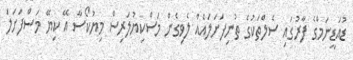
ޑުއަޑީނަމްގެ ފާރުގައި ސެލްތަކުގެ ތުނިފަށަލައެއް ލެވިގެން މަސްކިޔުލަރިސް މިޔުކޯސާ އޭ ކިޔޭ މަސްފަށަލަ